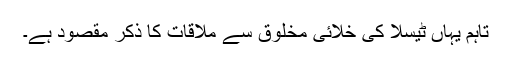
تاہم یہاں ٹیسلا کی خلائی مخلوق سے ملاقات کا ذکر مقصود ہے۔